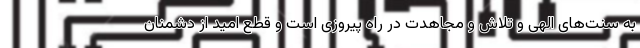
به سنت‌های الهی و تلاش و مجاهدت در راه پیروزی است و قطع امید از دشمنان